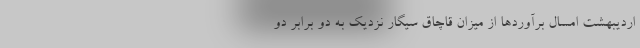
اردیبهشت امسال برآوردها از میزان قاچاق سیگار نزدیک به دو برابر دو